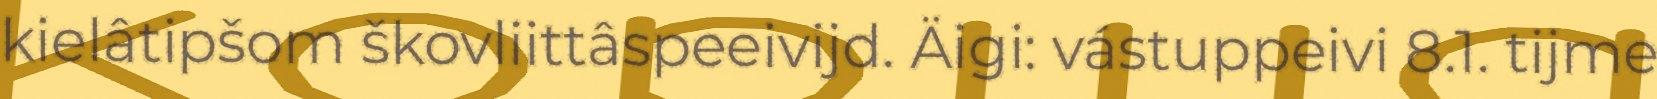
kielâtipšom škovliittâspeeivijd. Äigi: vástuppeivi 8.1. tijme